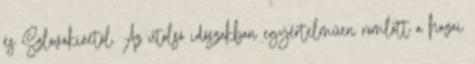
és Szlovákiáétól. Az utolsó időszakban egyértelműen romlott a hazai